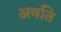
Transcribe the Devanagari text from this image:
अवति